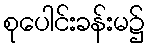
စုပေါင်းခန်းမ၌